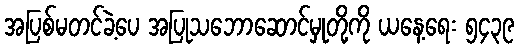
အပြစ်မတင်ခဲ့ပေ အပြုသဘောဆောင်မှုတို့ကို ယနေ့ရေး ၅၄၃၉